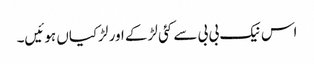
اس نیک بی بی سے کئی لڑکے اور لڑکیاں ہوئیں۔